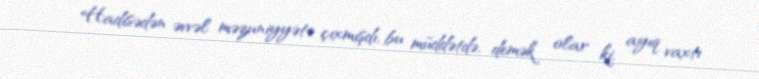
Hadisədən əvvəl məzuniyyətə çıxmışdı, bu müddətdə, demək olar ki, ayıq vaxtı